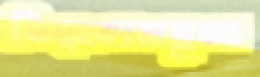
বিশ্বকোষতুল্য